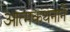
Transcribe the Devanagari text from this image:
आत्मकथनाने